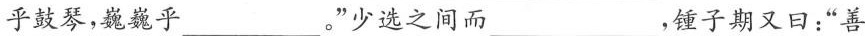
乎鼓琴，巍巍乎___”少选之间而___，锺子期又日：“善